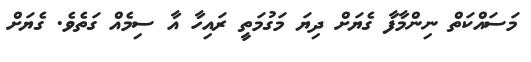
މަސައްކަތް ނިންމާފާ ގެޔަށް ދިޔަ މަގުމަތީ ރައިހާ އާ ސިމެއް ގަތެެެވެ. ގެޔަށް